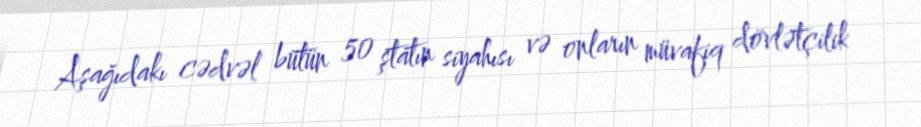
Aşağıdakı cədvəl bütün 50 ştatın siyahısı və onların müvafiq dövlətçilik